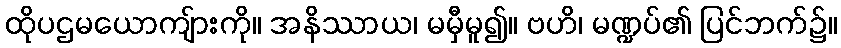
ထိုပဌမယောကျ်ားကို။ အနိဿာယ၊ မမှီမူ၍။ ဗဟိ၊ မဏ္ဍပ်၏ ပြင်ဘက်၌။